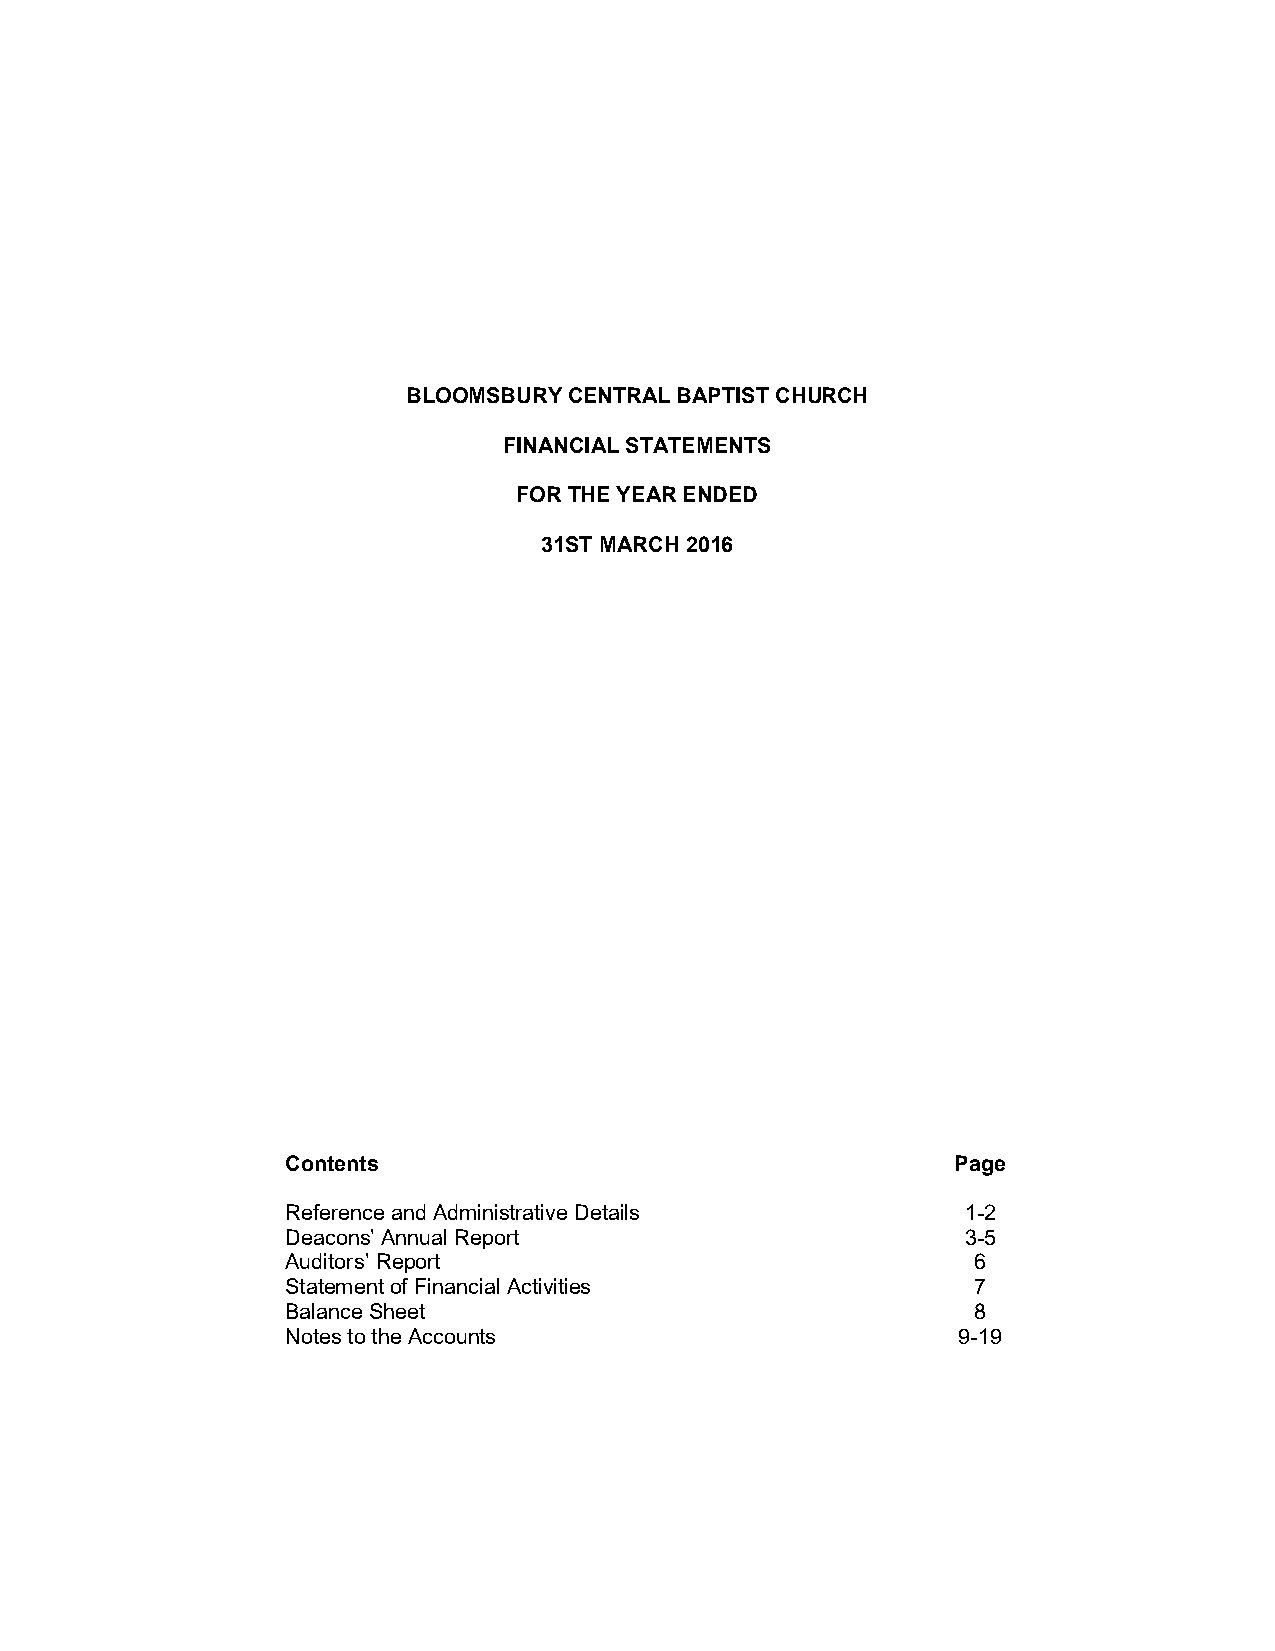
BLOOMSBURY CENTRAL BAPTIST CHURCH
 FINANCIAL STATEMENTS
 FOR THE YEAR ENDED
 31ST MARCH 2016
 Contents                                    Page
 Reference and Administrative Details         1-2
 Deacons’ Annual Report                       3-5
 Auditors’ Report                              6
 Statement of Financial Activities             7
 Balance Sheet                                 8
 Notes to the Accounts                       9-19